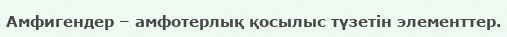
Амфигендер – амфотерлық қосылыс түзетін элементтер.